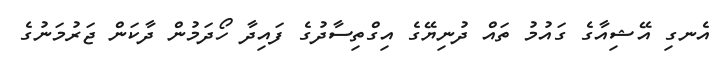
އެނގި އޭޝިއާގެ ގައުމު ތައް ދުނިޔޭގެ އިގްތިސާދުގެ ފައިދާ ހޯދަމުން ދާކަން ޖަރުމަނުގެ